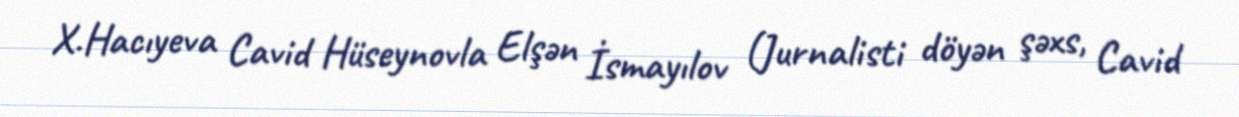
X.Hacıyeva Cavid Hüseynovla Elşən İsmayılov (Jurnalisti döyən şəxs, Cavid